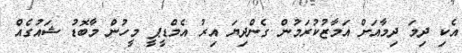
އެކި ދިމަ ދިމާއަށް އަމާޒުކުރަމުން ގެންދިޔަ އިރު އެމްޑީޕީ މީހުން މާބޮޑު ޝައުގެއް